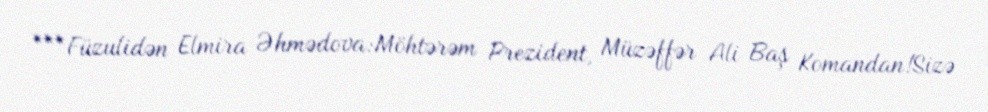
***Füzulidən Elmira Əhmədova:Möhtərəm Prezident, Müzəffər Ali Baş Komandan!Sizə